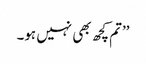
’’تم کچھ بھی نہیں ہو۔